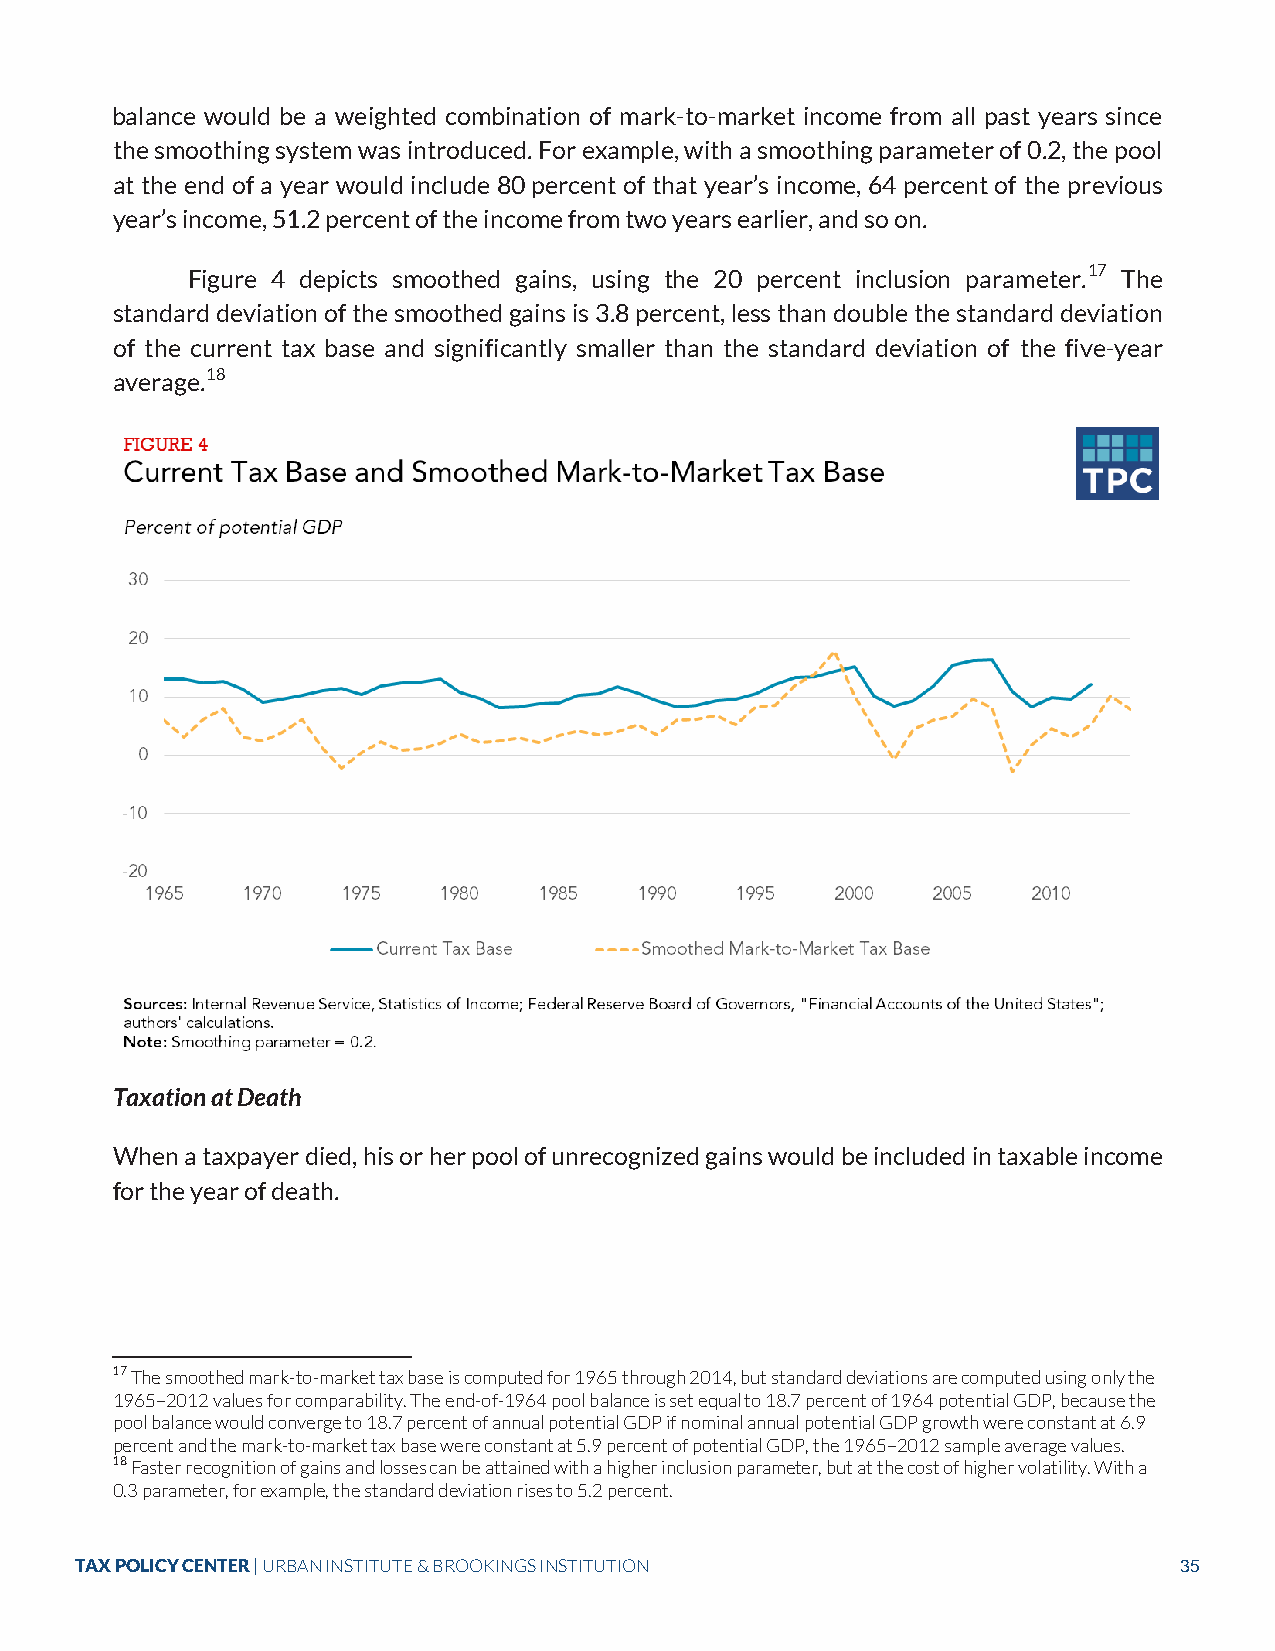
balance would be a weighted combination of mark-to-market income from all past years since
 the smoothing system was introduced. For example, with a smoothing parameter of 0.2, the pool
 at the end of a year would include 80 percent of that year’s income, 64 percent of the previous
 year’s income, 51.2 percent of the income from two years earlier, and so on.
 Figure 4 depicts smoothed gains, using the 20 percent inclusion parameter.17 The
 standard deviation of the smoothed gains is 3.8 percent, less than double the standard deviation
 of the current tax base and significantly smaller than the standard deviation of the five-year
 average.18
 Taxation at Death
 When a taxpayer died, his or her pool of unrecognized gains would be included in taxable income
 for the year of death.
 17 The smoothed mark-to-market tax base is computed for 1965 through 2014, but standard deviations are computed using only the
 1965–2012 values for comparability. The end-of-1964 pool balance is set equal to 18.7 percent of 1964 potential GDP, because the
 pool balance would converge to 18.7 percent of annual potential GDP if nominal annual potential GDP growth were constant at 6.9
 percent and the mark-to-market tax base were constant at 5.9 percent of potential GDP, the 1965–2012 sample average values.
 18 Faster recognition of gains and losses can be attained with a higher inclusion parameter, but at the cost of higher volatility. With a
 0.3 parameter, for example, the standard deviation rises to 5.2 percent.
 TAX POLICY CENTER | URBAN INSTITUTE & BROOKINGS INSTITUTION              35